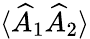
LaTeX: \langle\widehat{A}_{1}\widehat{A}_{2}\rangle